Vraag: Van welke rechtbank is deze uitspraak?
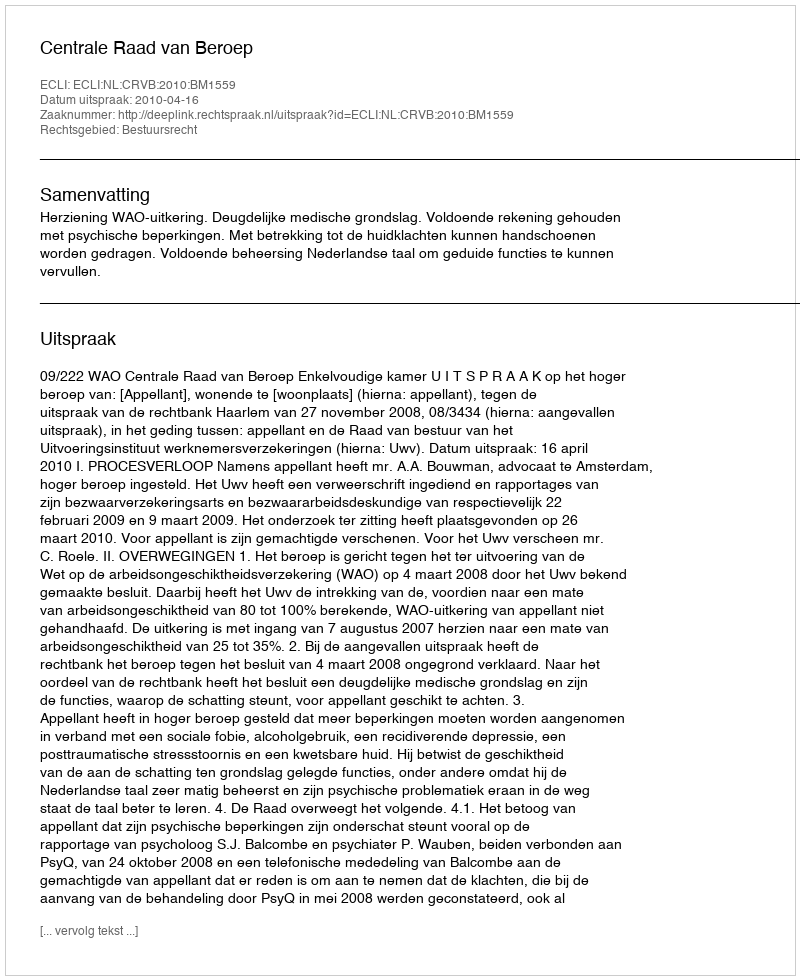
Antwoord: Centrale Raad van Beroep